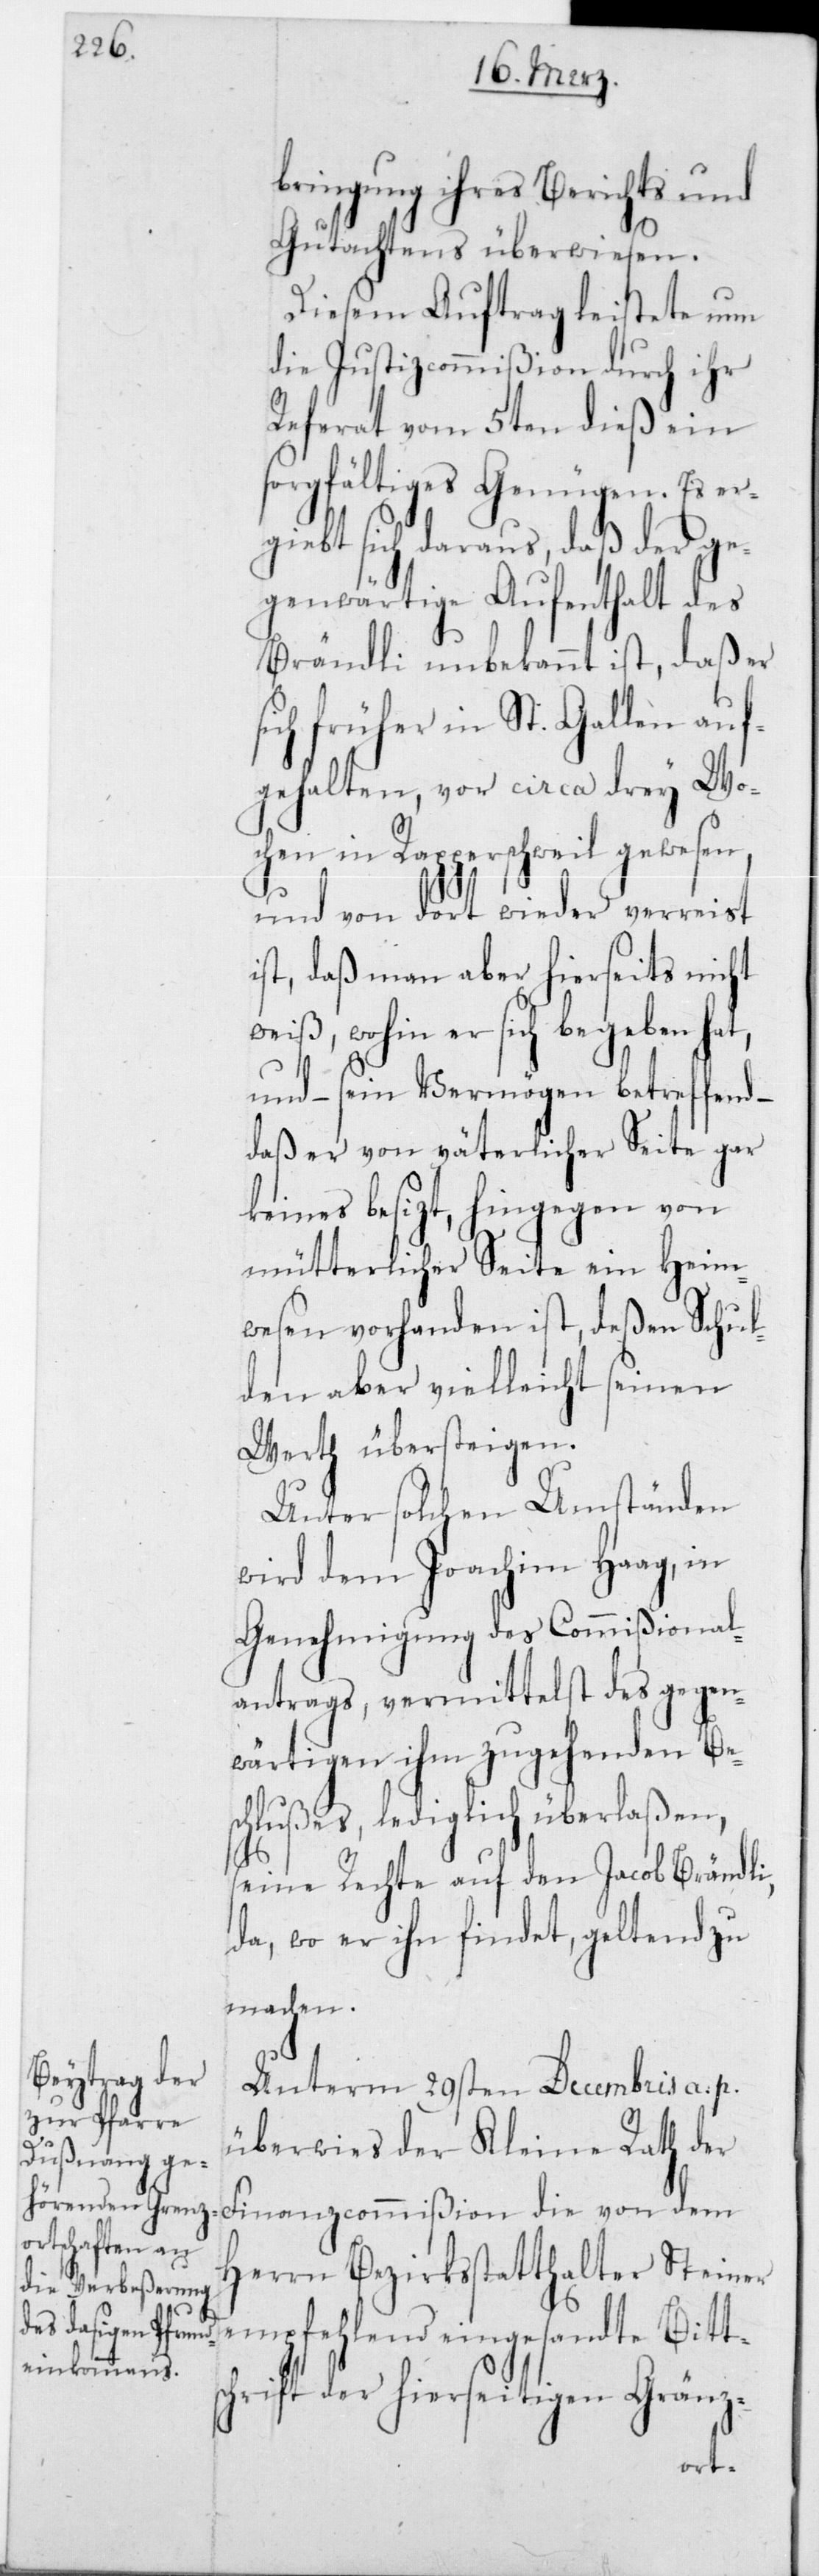
Bes¬

bringung ihres Berichts und
Gutachtens überwiesen.
Diesem Auftrag leistete nun
die Justizcommißion durch ihr
Referat vom 5ten dieß ein
sorgfältiges Genügen. Es er¬
giebt sich daraus, daß der ge¬
genwärtige Aufenthalt des
Brändli unbekannt ist, daß er
sich früher in St. Gallen auf¬
gehalten, vor circa drey Wo¬
chen in Rapperschweil gewesen,
und von dort wieder verreist
ist, daß man aber hierseits nicht
weiß, wohin er sich begeben
und – sein Vermögen betreffend
daß er von väterlicher Seite gar
keines besizt, hingegen von
mütterlicher Seite ein Heim¬
wesen vorhanden ist, deßen Schul¬
den aber vielleicht seinen
Werth übersteigen.
Unter solchen Umständen
wird dem Joachim Haag, in
Genehmigung des Commißion¬
alantrags, vermittelst des gegen¬
wärtigen ihm zugehenden
chlußes, lediglich überlaßen,
seine Rechte auf den Jacob Brändli,
da, wo er ihn findet, geltend zu
machen.
Unterm 29sten Decembris a. p.
überwies der Kleine Rath der
Finanzcommißion die von dem
Herrn Bezirksstatthalter Steiner
empfehlend eingesandte Bittsc¬
hrift der hierseitigen Gränz-